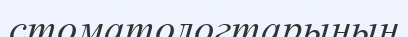
стоматологтарының